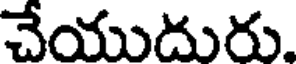
చేయుదురు.